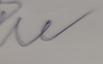
Signature authenticity: forged